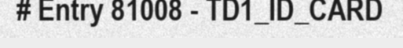
# Entry 81008 - TD1_ID_CARD